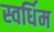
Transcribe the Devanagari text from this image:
स्वर्धिम